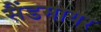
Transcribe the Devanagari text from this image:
सैंडमायर